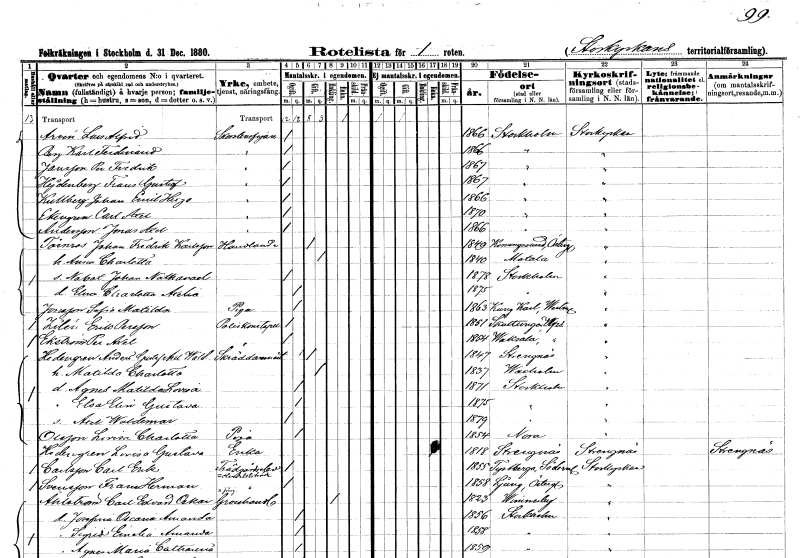
gt_parse: households: individuals: FN: Lars Alfred
EN: Arvén
YRKE: Skorstensfejare
KON: M
CIV: O
FODAR: 1866
FODFORS: Stockholm
FN: Karl Ferdinand
EN: Berg
YRKE: Skorstensfejare
KON: M
CIV: O
FODAR: 1866
FODFORS: Stockholm
FN: Per Fredrik
EN: Jansson
YRKE: Skorstensfejare
KON: M
CIV: O
FODAR: 1867
FODFORS: Stockholm
FN: Frans Gustaf
EN: Hejdenberg
YRKE: Skorstensfejare
KON: M
CIV: O
FODAR: 1867
FODFORS: Stockholm
FN: Johan Emil Hugo
EN: Kullberg
YRKE: Skorstensfejare
KON: M
CIV: O
FODAR: 1866
FODFORS: Stockholm
FN: Carl Axel
EN: Ekengren
YRKE: Skorstensfejare
KON: M
CIV: O
FODAR: 1870
FODFORS: Stockholm
FN: Jonas Axel
EN: Andersson
YRKE: Skorstensfejare
KON: M
CIV: O
FODAR: 1866
FODFORS: Stockholm
FN: Johan Fredrik
EN: Törnros Karlsson
YRKE: Handlande
KON: M
CIV: G
FODAR: 1849
FODFORS: Konungsund Östergötlands län
FN: Anna Charlotta
KON: K
CIV: G
FODAR: 1840
FODFORS: Motala Östergötlands län
FN: Nabot Johan Nathanael
KON: M
CIV: O
FODAR: 1878
FODFORS: Stockholm
FN: Elna Charlotta Axelia
KON: K
CIV: O
FODAR: 1875
FODFORS: Stockholm
FN: Sofia Matilda
EN: Jonsson
YRKE: Piga
KON: K
CIV: O
FODAR: 1863
FODFORS: Kung Karl Västmanlands län
FN: Erik
EN: Zilei Persson
YRKE: Poliskonstapel
KON: M
CIV: O
FODAR: 1861
FODFORS: Skuttunge Uppsala län
FN: Per Axel
EN: Ekström
YRKE: Poliskonstapel
KON: M
CIV: O
FODAR: 1854
FODFORS: Vaksala Uppsala län
FN: Anders Gustaf Axel Waldemar
EN: Hedengren
YRKE: Skräddarmästare
KON: M
CIV: G
FODAR: 1847
FODFORS: Strängnäs Södermanlands län
FN: Matilda Charlotta
KON: K
CIV: G
FODAR: 1837
FODFORS: Vaxholm Stockholms län
FN: Agnes Matilda Lovisa
KON: K
CIV: O
FODAR: 1871
FODFORS: Stockholm
FN: Elsa Elin Gustava
KON: K
CIV: O
FODAR: 1875
FODFORS: Stockholm
FN: Axel Waldemar
KON: M
CIV: O
FODAR: 1879
FODFORS: Stockholm
FN: Lovisa Charlotta
EN: Olsson
YRKE: Piga
KON: K
CIV: O
FODAR: 1854
FODFORS: Nora stadsförsamling Örebro län
FN: Lovisa Gustava
EN: Hedengren
YRKE: Änka
KON: K
CIV: E
FODAR: 1818
FODFORS: Strängnäs Södermanlands län
FN: Carl Erik
EN: Carlsson
YRKE: Trädgårdselev Handelsbiträde
KON: M
CIV: O
FODAR: 1855
FODFORS: Tystberga Södermanlands län
FN: Frans Herman
EN: Svensson
YRKE: Trädgårdselev Handelsbiträde
KON: M
CIV: O
FODAR: 1858
FODFORS: Ljung Östergötlands län
FN: Carl Edvard Oskar
EN: Ahlström
YRKE: Grosshandlare
KON: M
CIV: E
FODAR: 1823
FODFORS: Vimmerby Kalmar län
FN: Josefina Oscaria Amanda
KON: K
CIV: O
FODAR: 1856
FODFORS: Stockholm